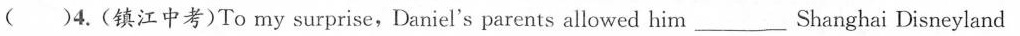
( )4.(镇江中考)To my surprise,Daniel's parents allowed him___Shanghai Disneyland